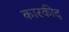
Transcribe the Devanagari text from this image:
कारकीद